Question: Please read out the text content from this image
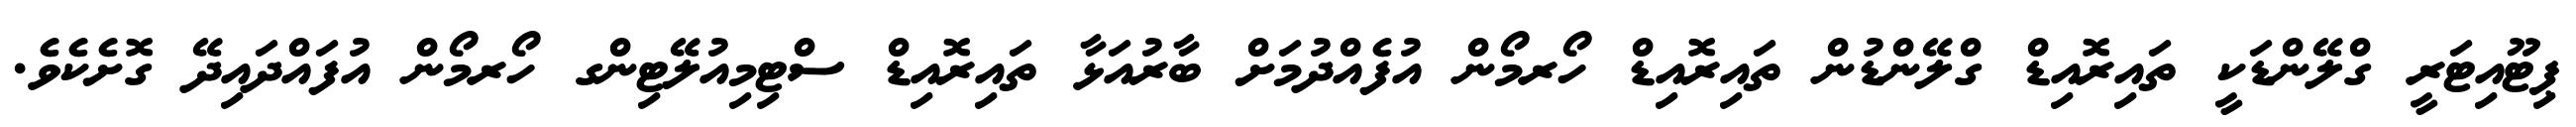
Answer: ޕިޓޫއިޓަރީ ގްލޭންޑަކީ ތައިރޮއިޑް ގްލޭންޑުން ތައިރޮއިޑް ހޯރމޯން އުފެއްދުމަށް ބާރުއަޅާ ތައިރޮއިޑް ސްޓިމިއުލޭޓިންގ ހޯރމޯން އުފައްދައިދޭ ގޮށެކެވެ.